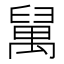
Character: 𥝇